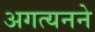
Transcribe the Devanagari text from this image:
अगत्यनने